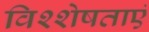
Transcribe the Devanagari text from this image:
विश्शेषताएं